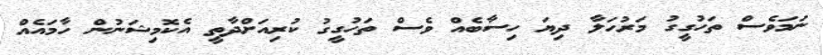
ނަމަވެސް ތަހުގީގު މަރުހަލާ ދިޔަ ހިސާބެއް ވެސް ތަހުގީގު ކުރިއަށްދާތީ އެކޮމިޝަނުން ހާމައެއް